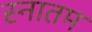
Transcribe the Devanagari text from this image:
स्नातम